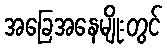
အခြေအနေမျိုးတွင်